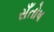
સઁતોષ